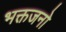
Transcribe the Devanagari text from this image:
भक्तजनो